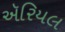
ઍરિયલ